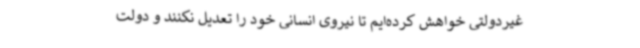
غیردولتی خواهش کرده‌ایم تا نیروی انسانی خود را تعدیل نکنند و دولت